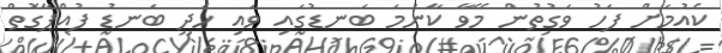
ކެއުމަށް ފަހު ވަގުތުން މޭވާ ކާނަމަ ބަނޑުގައި ވައި ހެދި ބަނޑު ފުއްޕާގޮތް